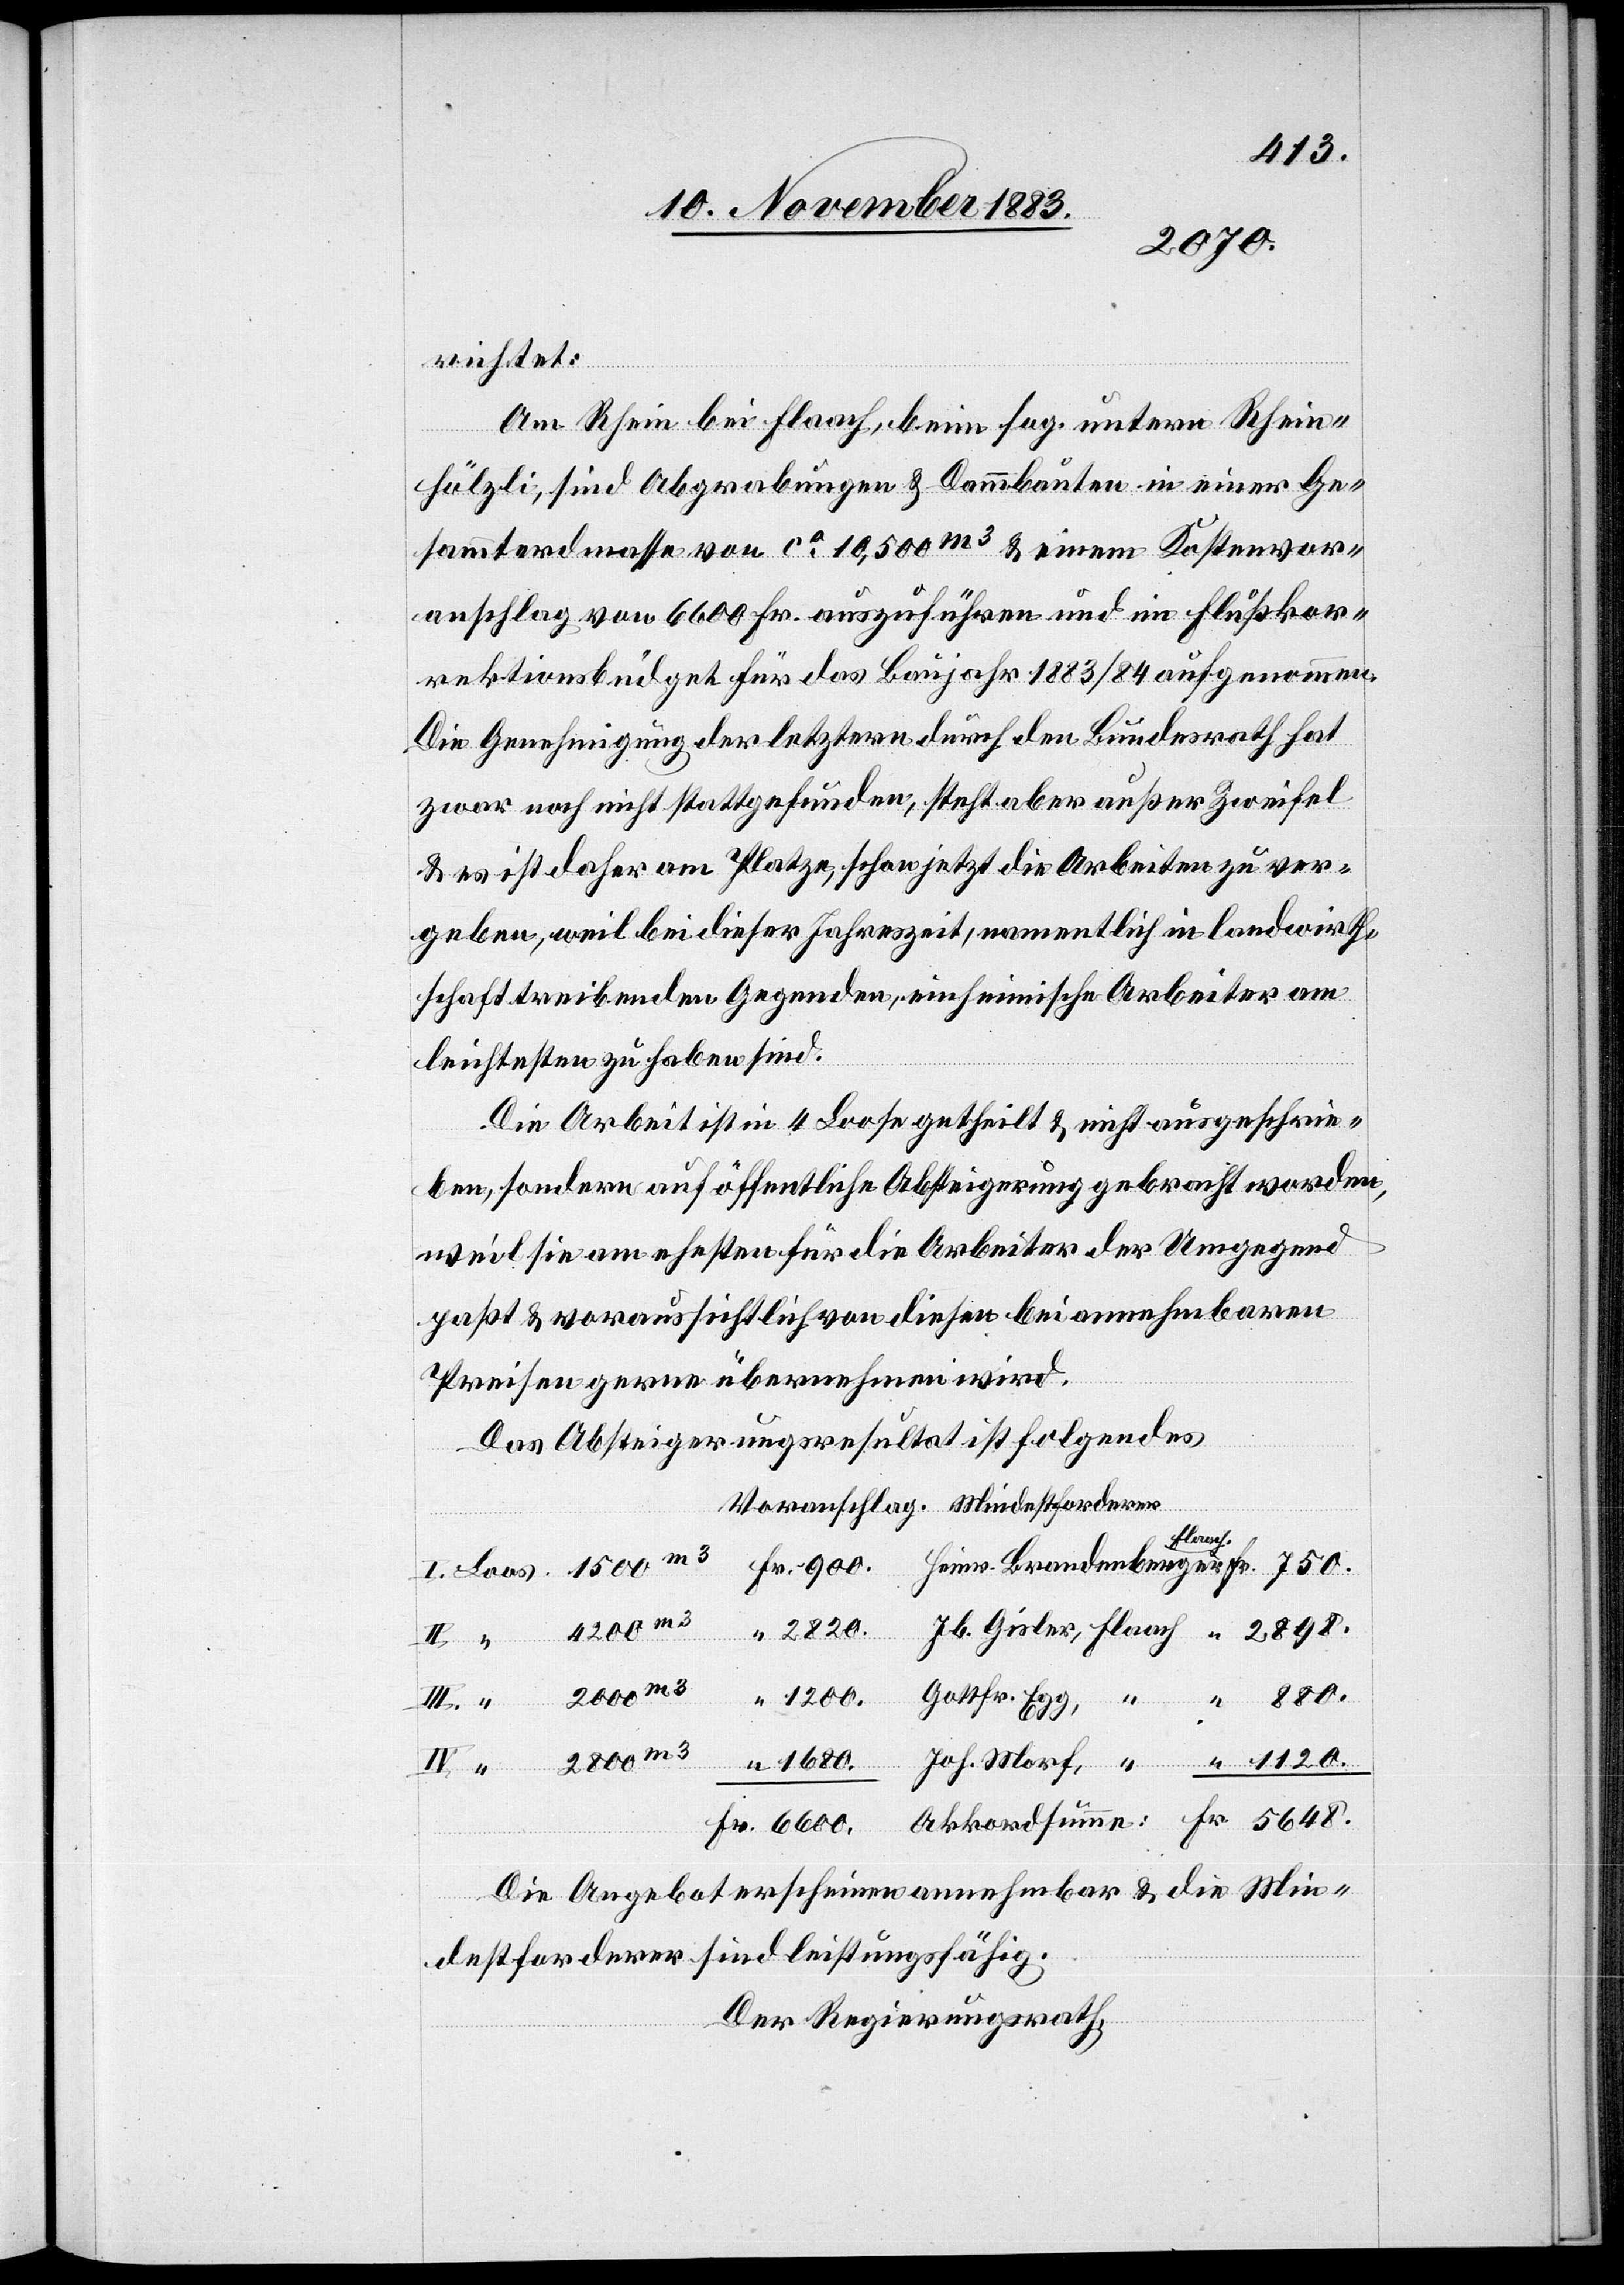
2800
richtet:
Gottfried
Am Rhein bei Flaach, beim sog. untern Rhein¬
hölzli, sind Abgrabungen & Dammbauten in einer Ge¬
sammterdmasse von ca 10,500m3 & einem Kostenvor¬
anschlag von 6600 Fr. auszuführen und im Flußkor¬
rektionbüdget für das Baujahr 1883/84 aufgenommen.
Die Genehmigung der letztern durch den Bundesrath hat
zwar noch nicht stattgefunden, steht aber außer Zweifel
& es ist daher am Platze, schon jetzt die Arbeiten zu ver¬
geben, weil bei dieser Jahreszeit, namentlich in landwirth¬
schaft [sic!] treibenden Gegenden, einheimische Arbeiter am
leichtesten zu haben sind.
Die Arbeit ist in 4 Loose getheilt & nicht ausgeschrie¬
ben, sondern auf öffentliche Absteigerung gebracht worden,
weil sie am ehesten für die Arbeiter der Umgegend
paßt & voraussichtlich von diesen bei annehmbaren
Preisen gerne übernehmen wird.
“
Das Absteigerungsresultat ist folgendes
Flaach
2820.
Fr.
1200.
Die Angebot[e] erscheinen annehmbar & die Min¬
destforderer sind leistungsfähig.
Der Regierungsrath,